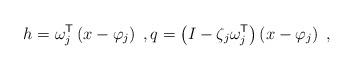
LaTeX: \begin{align*}h = \omega_j^{\sf T} \left( x - \varphi_j \right) \;, q = \left( I - \zeta_j \omega_j^{\sf T} \right) \left( x - \varphi_j \right) \;,\end{align*}